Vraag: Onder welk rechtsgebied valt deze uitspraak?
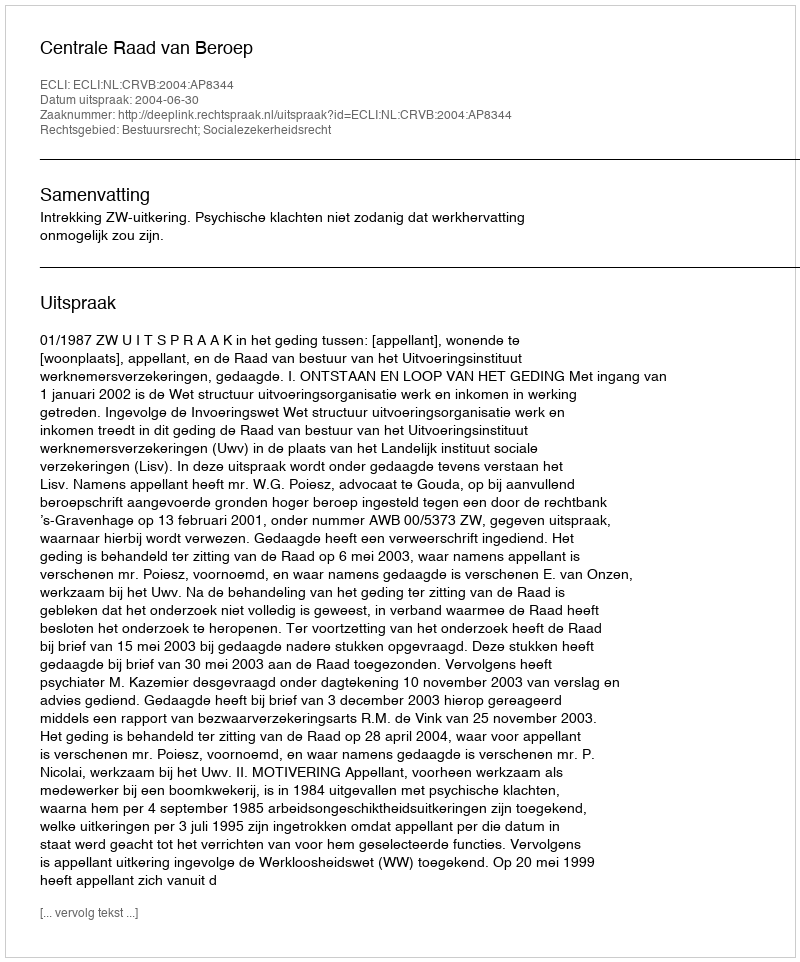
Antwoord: Bestuursrecht; Socialezekerheidsrecht